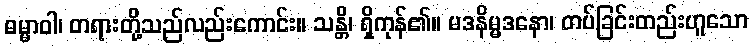
ဓမ္မာဝါ၊ တရားတို့သည်လည်းကောင်း။ သန္တိ၊ ရှိကုန်၏။ မဒနိမ္မဒနော၊ တပ်ခြင်းတည်းဟူသော